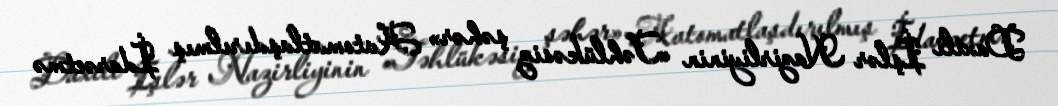
Daxili İşlər Nazirliyinin «Təhlükəsiz şəhər» Avtomatlaşdırılmış İdarəetmə